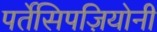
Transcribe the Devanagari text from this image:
पर्तेसिपज़ियोनी